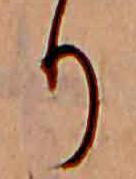
り